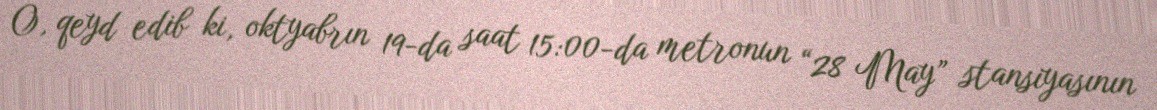
O, qeyd edib ki, oktyabrın 19-da saat 15:00-da metronun “28 May” stansiyasının